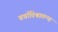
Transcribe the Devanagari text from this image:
चर्चाविश्वातल्या